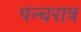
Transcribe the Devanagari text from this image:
पन्चरात्र